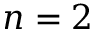
n = 2